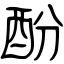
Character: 酚